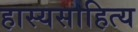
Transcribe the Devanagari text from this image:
हास्यसाहित्य